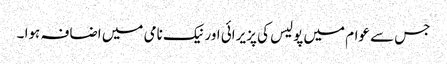
جس سے عوام میں پولیس کی پزیرائی اور نیک نامی میں اضافہ ہوا ۔